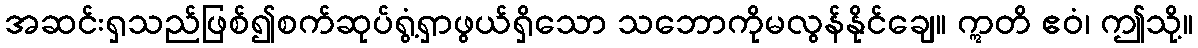
အဆင်းရှသည်ဖြစ်၍စက်ဆုပ်ရွံ့ရှာဖွယ်ရှိသော သဘောကိုမလွန်နိုင်ချေ။ ဣတိ ဧဝံ၊ ဤသို့။